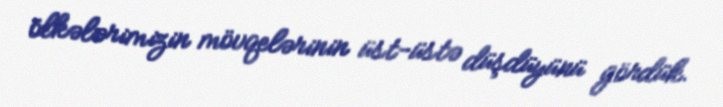
ölkələrimizin mövqelərinin üst-üstə düşdüyünü gördük.